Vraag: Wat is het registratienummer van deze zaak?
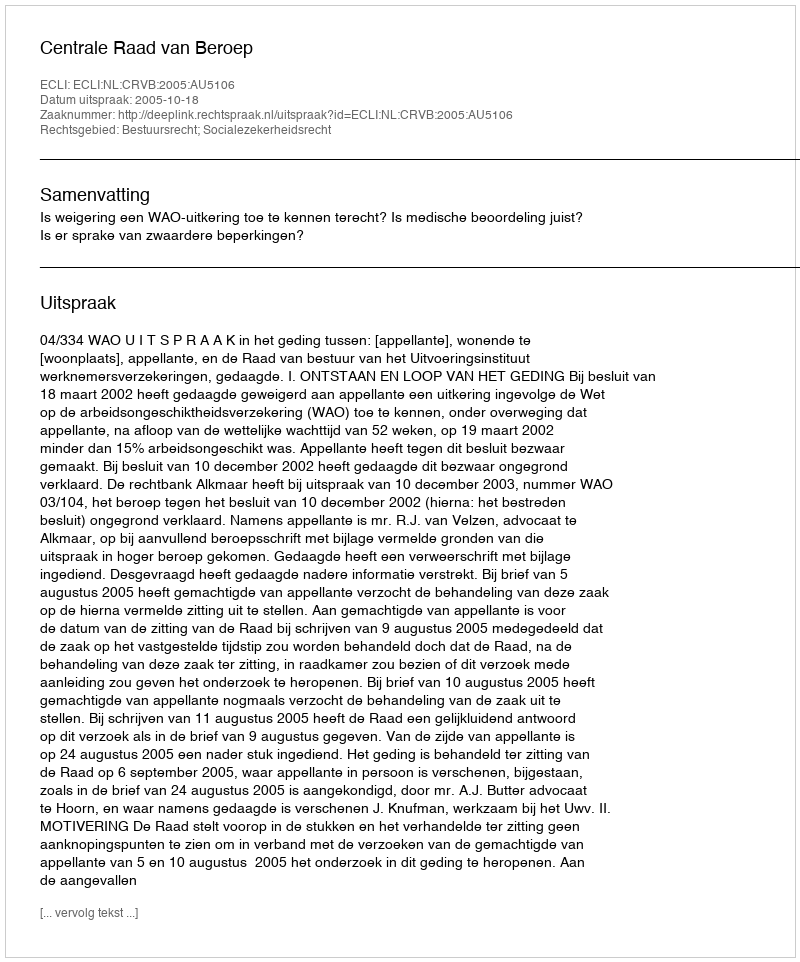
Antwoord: http://deeplink.rechtspraak.nl/uitspraak?id=ECLI:NL:CRVB:2005:AU5106